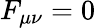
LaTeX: F_{\mu\nu}=0